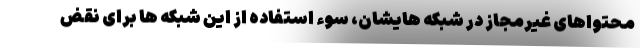
محتواهای غیرمجاز در شبکه هایشان، سوء استفاده از این شبکه ها برای نقض